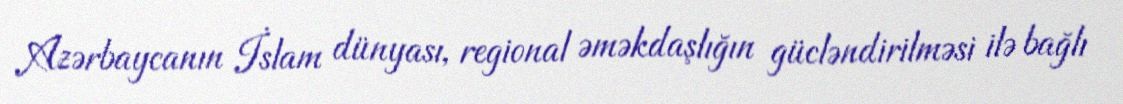
Azərbaycanın İslam dünyası, regional əməkdaşlığın gücləndirilməsi ilə bağlı